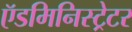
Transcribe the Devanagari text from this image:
ऍडमिनिस्ट्रेटर